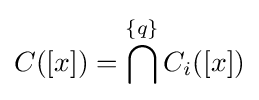
C([x])=\bigcap ^{\{q\}}C_{i}([x])